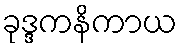
ခုဒ္ဒကနိကာယ